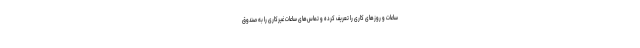
ساعات و روزهای کاری را تعریف کرده و تماس‌های ساعات غیرکاری را به صندوق